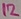
Text: 12